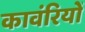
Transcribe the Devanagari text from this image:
कावंरियों